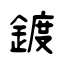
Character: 鍍